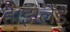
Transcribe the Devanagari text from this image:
है।इंग्लैंड